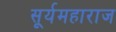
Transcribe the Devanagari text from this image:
सूर्यमहाराज